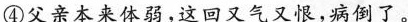
④父亲本来体弱，这回又气又恨，病倒了。